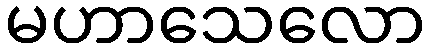
မဟာသေလော